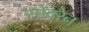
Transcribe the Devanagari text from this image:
सोवरेन